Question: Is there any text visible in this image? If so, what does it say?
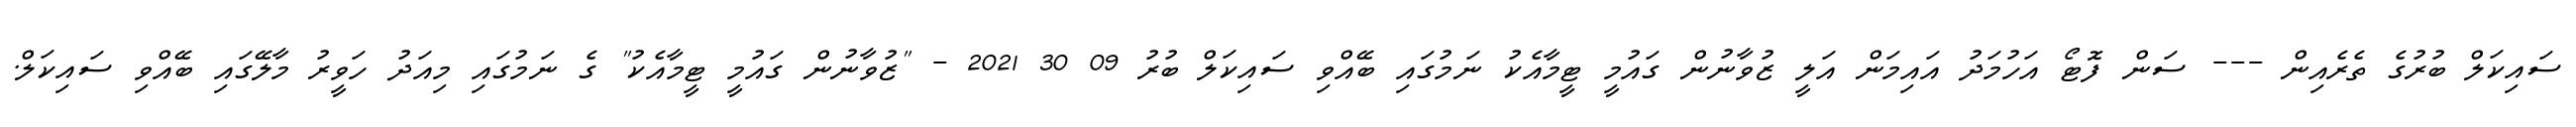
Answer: ސައިކަލް ބުރުގެ ތެރެއިން --- ސަން ފޮޓޯ އަހުމަދު އައިމަން އަލީ ޒުވާނުން ގައުމީ ޓީމާއެކު ނަމުގައި ބޭއްވި ސައިކަލް ބުރު 09 30 2021 - "ޒުވާނުން ގައުމީ ޓީމާއެކު" ގެ ނަމުގައި މިއަދު ހަވީރު މާލޭގައި ބޭއްވި ސައިކަލް.